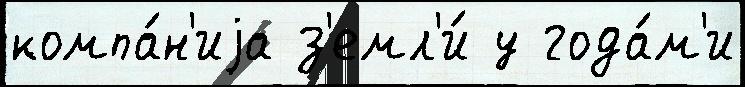
компа́н'иjа з'емл'и́ у года́м'и